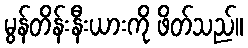
မွန်တိန်းနီးယားကို ဖိတ်သည်။